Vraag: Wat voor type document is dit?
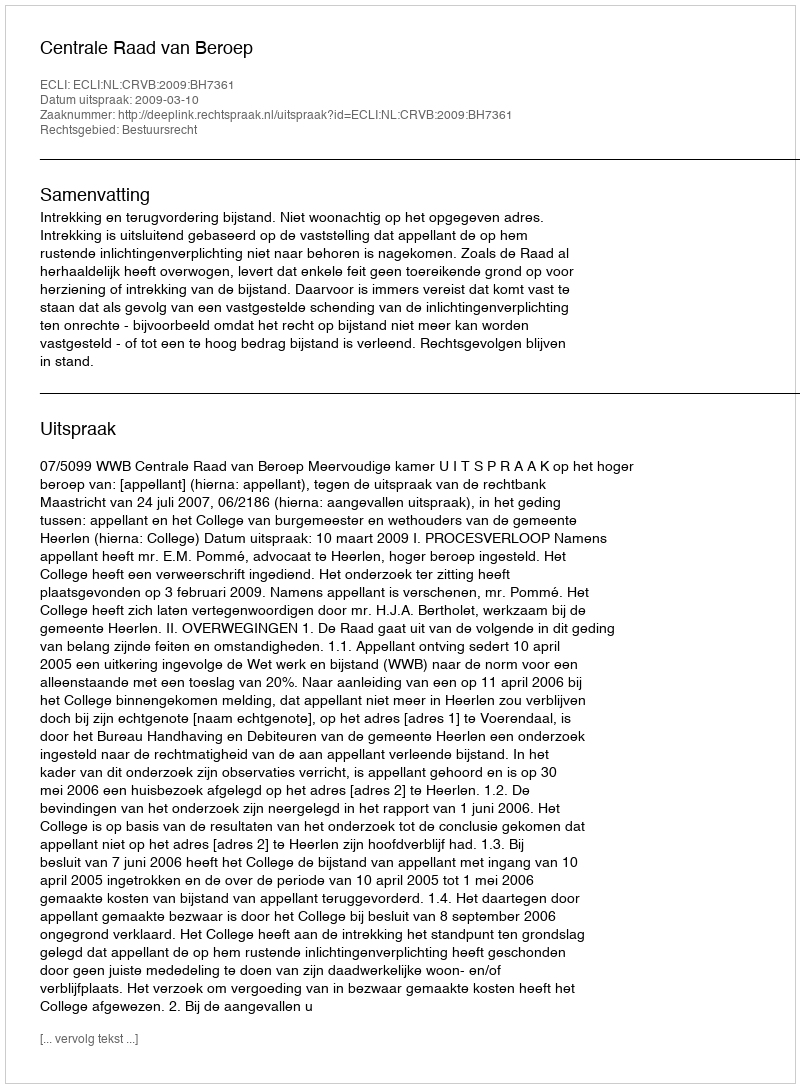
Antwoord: Uitspraak